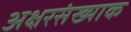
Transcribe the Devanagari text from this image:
अक्षरसंख्याक